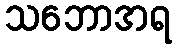
သဘောအရ